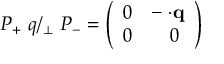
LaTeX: P _ { + } \ q { \slash } _ { \bot } \ P _ { - } = \left( \begin{array} { l l } { { 0 } } & { { - { \bf \sigma } { \cdot } { \bf q } } } \\ { { 0 } } & { { \ \ \ 0 } } \end{array} \right)